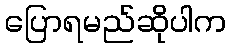
ပြောရမည်ဆိုပါက